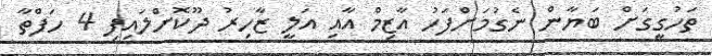
ތަހުގީގަށް ބަޔާން ނެގުމަށްފަހު އާޒިމް އާއި އަލީ ޒާހިރު ދޫކޮށްލައިފި 4 ހަފްތާ